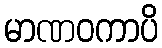
မာဏဝကာပိ